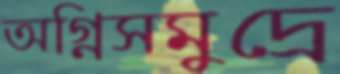
অগ্নিসমুদ্রে